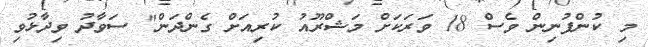
މި ކުންފުނިން ވެސް 18 ވަރަކަށް މަޝްރޫއު ކުރިއަށް ގެންދަން" ސަވާދު ވިދާޅުވި